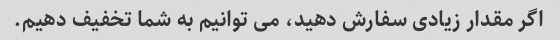
اگر مقدار زیادی سفارش دهید، می توانیم به شما تخفیف دهیم.